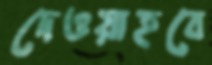
দেওয়াহবে